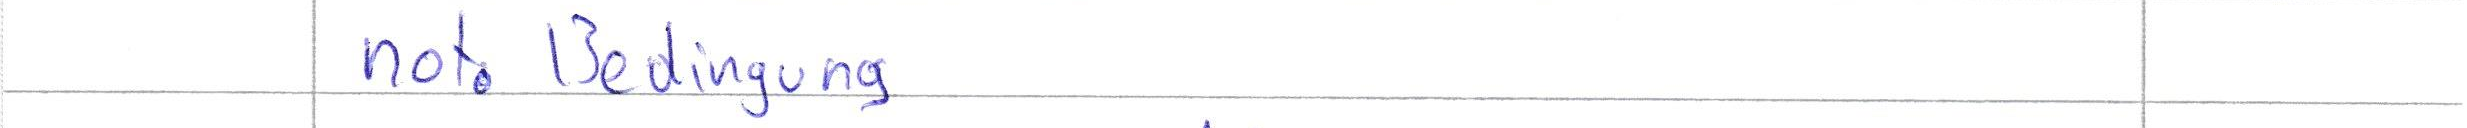
not. Bedingung